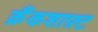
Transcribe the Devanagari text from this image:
क्रैंकशाफ़्ट